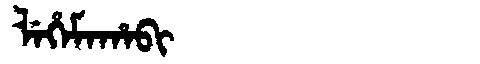
Manchu: ᠯᡝᡥᡝᠮᠠᡥᠠᠪᡳ
Romanization: LEHEMAHABI